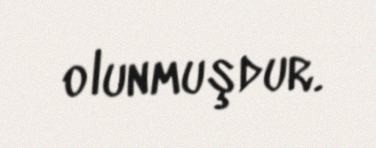
olunmuşdur.